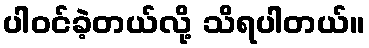
ပါဝင်ခဲ့တယ်လို့ သိရပါတယ်။